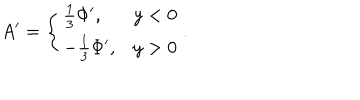
LaTeX: A ^ { \prime } = \left\{ \begin{array} { l l } { { \frac { 1 } { 3 } \Phi ^ { \prime } , } } & { { y < 0 } } \\ { { - \frac { 1 } { 3 } \Phi ^ { \prime } , } } & { { y > 0 } } \\ \end{array} \right. .